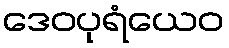
ဒေဝပုရံယေဝ